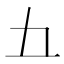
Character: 𫝀